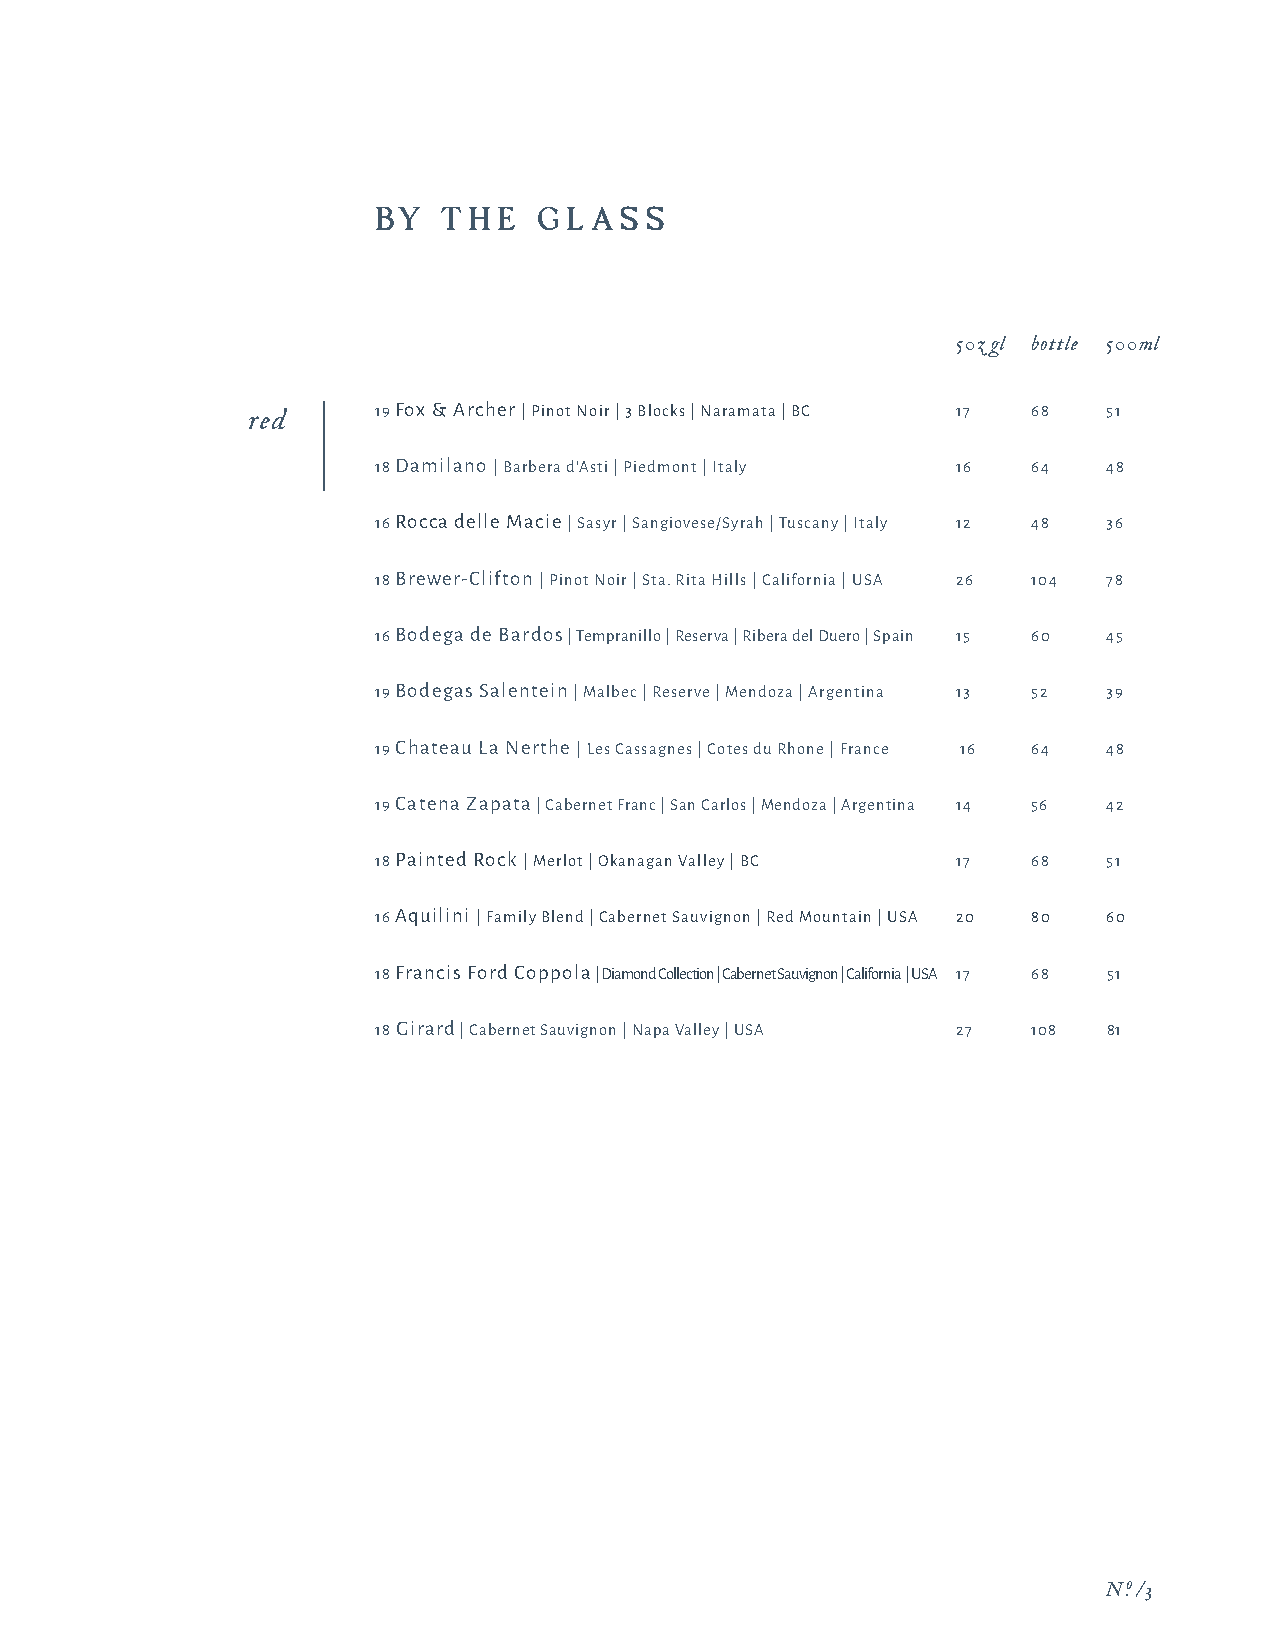
BY  TH  E  GLA  S S
 50z gl bottle 500ml
 19 Fox & Archer | Pinot Noir | 3 Blocks | Naramata | BC 17 68 51
 red
 18 Damilano | Barbera d'Asti | Piedmont | Italy 16 64 48
 16 Rocca delle Macie | Sasyr | Sangiovese/Syrah | Tuscany | Italy 12 48 36
 18 Brewer-Clifton | Pinot Noir | Sta. Rita Hills | California | USA 26 104 78
 16 Bodega de Bardos | Tempranillo | Reserva | Ribera del Duero | Spain 15 60 45
 19 Bodegas Salentein | Malbec | Reserve | Mendoza | Argentina 13 52 39
 19 Chateau La Nerthe | Les Cassagnes | Cotes du Rhone | France 16 64 48
 19 Catena Zapata | Cabernet Franc | San Carlos | Mendoza | Argentina 14 56 42
 18 Painted Rock | Merlot | Okanagan Valley | BC 17 68 51
 16 Aquilini | Family Blend | Cabernet Sauvignon | Red Mountain | USA 20 80 60
 18 Francis Ford Coppola | Diamond Collection | Cabernet Sauvignon | California | USA 17 68 51
 18 Girard | Cabernet Sauvignon | Napa Valley | USA 27 108 81
 N.o /3